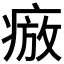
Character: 𭼕